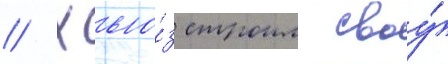
// Хью́з строил своу́